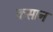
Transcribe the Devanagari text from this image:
कसान